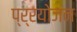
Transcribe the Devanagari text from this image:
प्र्रयोजन